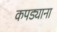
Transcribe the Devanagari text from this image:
कपड्याना